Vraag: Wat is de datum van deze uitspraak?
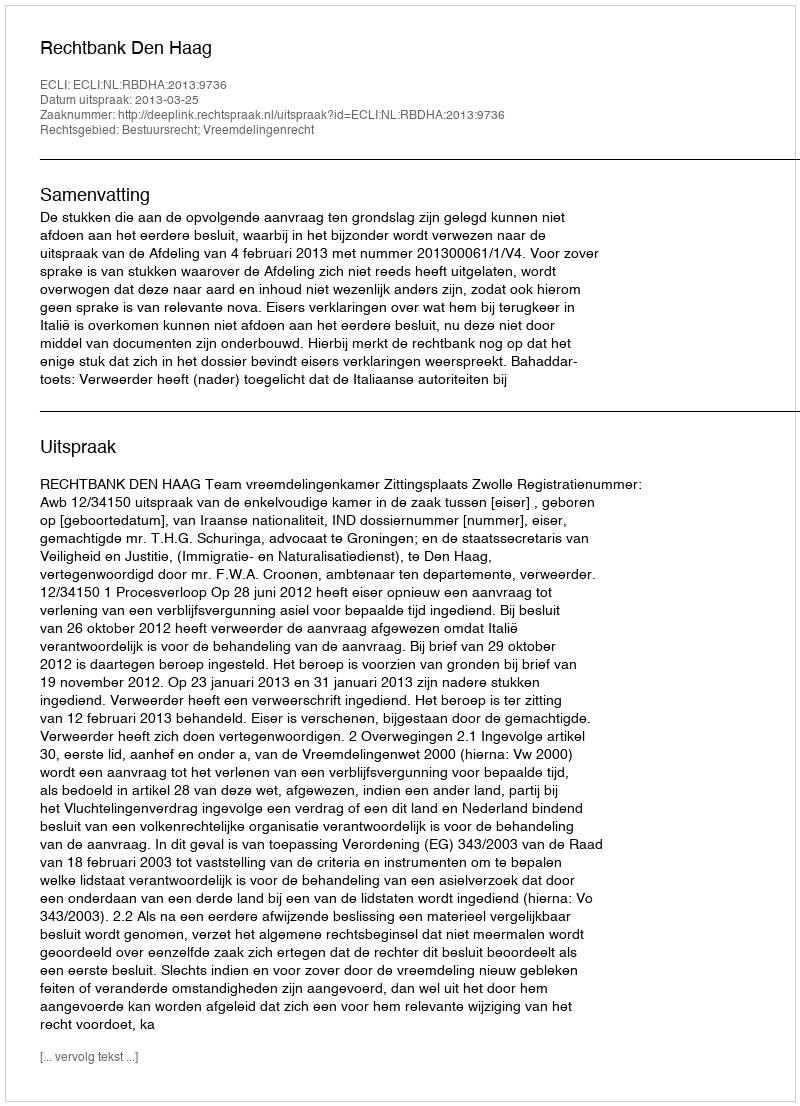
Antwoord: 2013-03-25